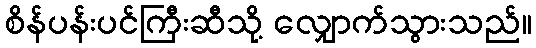
စိန်ပန်းပင်ကြီးဆီသို့ လျှောက်သွားသည်။